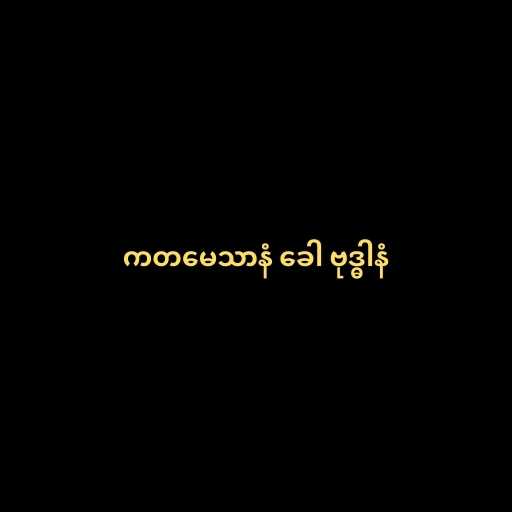
ကတမေသာနံ ခေါ ဗုဒ္ဓါနံ